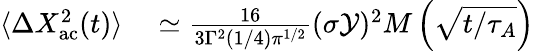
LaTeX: \begin{array}{rl}{\langle\Delta X_{\mathrm{ac}}^{2}(t)\rangle}&{{}\simeq\frac{16}{3\Gamma^{2}(1/4){\pi}^{1/2}}(\sigma\mathcal{Y})^{2}M\left(\sqrt{t/\tau_{A}}\right)}\end{array}